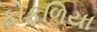
ફોફળિયા